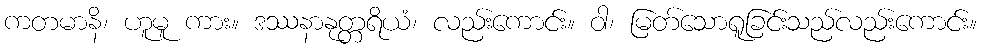
ကတမာနိ၊ ဟူမူ ကား။ ဒဿနာနုတ္တရိယံ၊ လည်းကောင်း။ ဝါ၊ မြတ်သောရူခြင်းသည်လည်းကောင်း။